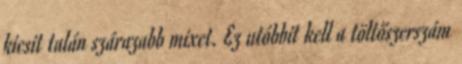
kicsit talán szárazabb mixet. Ez utóbbit kell a töltőszerszám